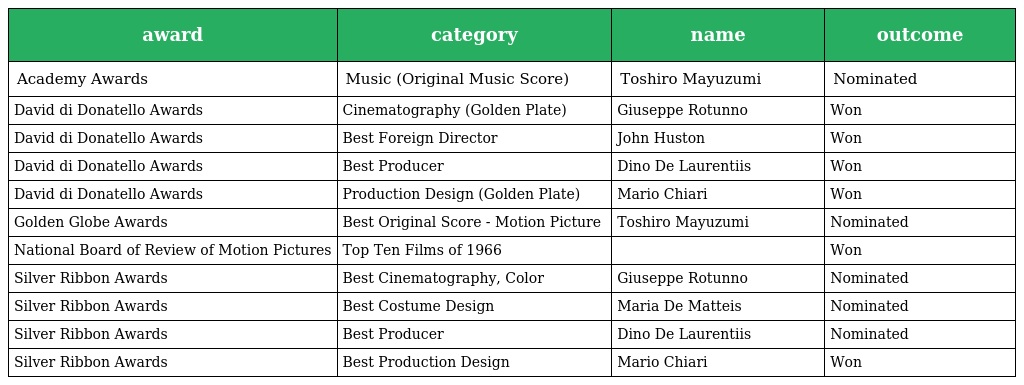
| award | category | name | outcome |
 | --- | --- | --- | --- |
 | Academy Awards | Music (Original Music Score) | Toshiro Mayuzumi | Nominated |
 | David di Donatello Awards | Cinematography (Golden Plate) | Giuseppe Rotunno | Won |
 | David di Donatello Awards | Best Foreign Director | John Huston | Won |
 | David di Donatello Awards | Best Producer | Dino De Laurentiis | Won |
 | David di Donatello Awards | Production Design (Golden Plate) | Mario Chiari | Won |
 | Golden Globe Awards | Best Original Score - Motion Picture | Toshiro Mayuzumi | Nominated |
 | National Board of Review of Motion Pictures | Top Ten Films of 1966 |  | Won |
 | Silver Ribbon Awards | Best Cinematography, Color | Giuseppe Rotunno | Nominated |
 | Silver Ribbon Awards | Best Costume Design | Maria De Matteis | Nominated |
 | Silver Ribbon Awards | Best Producer | Dino De Laurentiis | Nominated |
 | Silver Ribbon Awards | Best Production Design | Mario Chiari | Won |